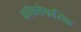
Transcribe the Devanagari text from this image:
कॉवलेफस्कि